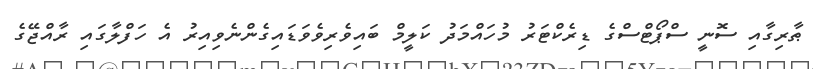
ޠާރިގާއި ސޮނީ ސްޕޯޓްސްގެ ޑިރެކްޓަރު މުހައްމަދު ކަލީމް ބައިވެރިވެވަޑައިގެންނެވިއިރު އެ ހަފްލާގައި ރާއްޖޭގެ